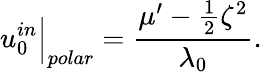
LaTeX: u_{0}^{in}\Big|_{polar}=\frac{\mu^{\prime}-\frac{1}{2}\zeta^{2}}{\lambda_{0}}.